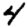
Digit: 4